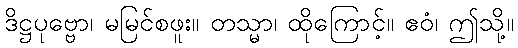
ဒိဋ္ဌပုဗ္ဗော၊ မမြင်စဖူး။ တသ္မာ၊ ထိုကြောင့်။ ဧဝံ၊ ဤသို့။